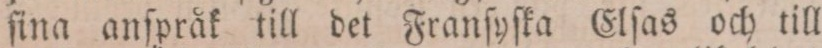
ſina anſpråk till det Franſyſka Elſas och till